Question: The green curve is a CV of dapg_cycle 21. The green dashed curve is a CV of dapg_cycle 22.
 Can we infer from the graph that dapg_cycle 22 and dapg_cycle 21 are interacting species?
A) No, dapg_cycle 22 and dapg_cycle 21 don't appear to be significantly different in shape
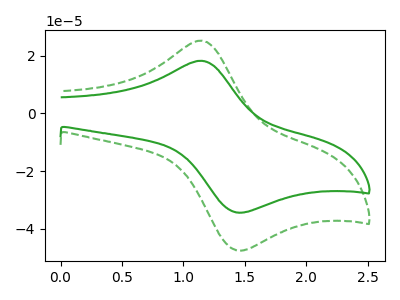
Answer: <think>The green curve "dapg_cycle 21" has an anodic peak at (1.15V, 18.30uA) and a cathodic peak at (1.45V, -34.40uA). The green dashed curve "dapg_cycle 22" has an anodic peak at (1.15V, 25.30uA) and a cathodic peak at (1.45V, -47.50uA).
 All the peaks in "dapg_cycle 22" have a peak in "dapg_cycle 21" at the same potential. Every peak in "dapg_cycle 22" is higher than every peak in "dapg_cycle 21".</think>
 <answer>A) No, "dapg_cycle 22" and "dapg_cycle 21" don't appear to be significantly different in shape</answer>
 <eval>A</eval>